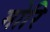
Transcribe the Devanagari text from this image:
मोरि